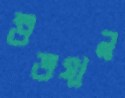
উভযান